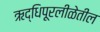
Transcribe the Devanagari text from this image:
ऋद्धिपूरलीळेतील